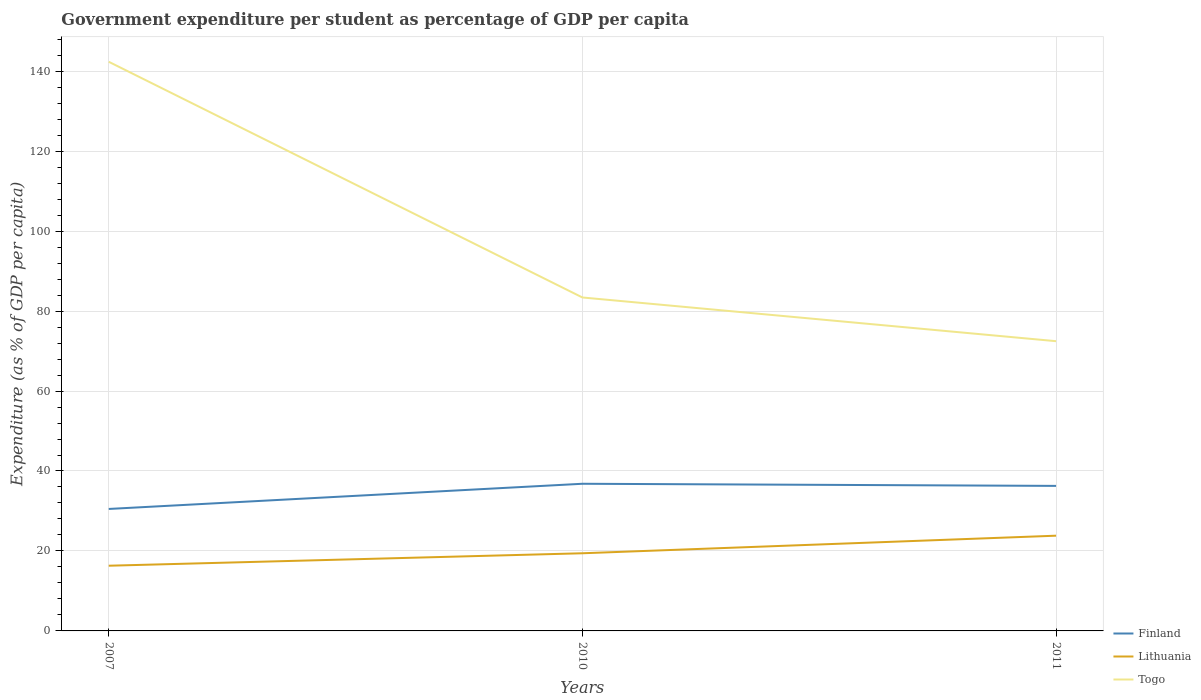
| Years | Finland | Lithuania | Togo |
 | --- | --- | --- | --- |
 | 2007 | 30.5 | 16.3 | 142 |
 | 2010 | 36.8 | 19.4 | 83.4 |
 | 2011 | 36.3 | 23.8 | 72.5 |